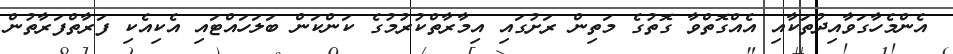
އެންމެހާގަވާއިދުތަކާއި އެއްގޮތްވާ ގޮތުގެ މަތިން ރަށުގައި އިމާރާތްކުރުމުގެ ކަންކަން ބަލަހައްޓައި އެކިއެކި ފަރާތްފަރާތުން